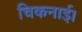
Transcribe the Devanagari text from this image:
चिकनाई।